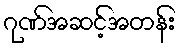
ဂုဏ်အဆင့်အတန်း